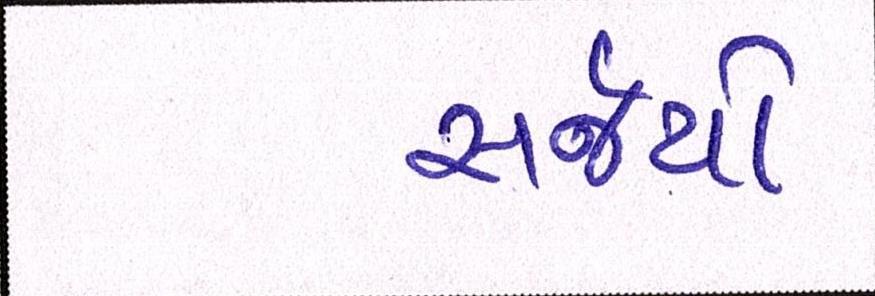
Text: સર્જયો